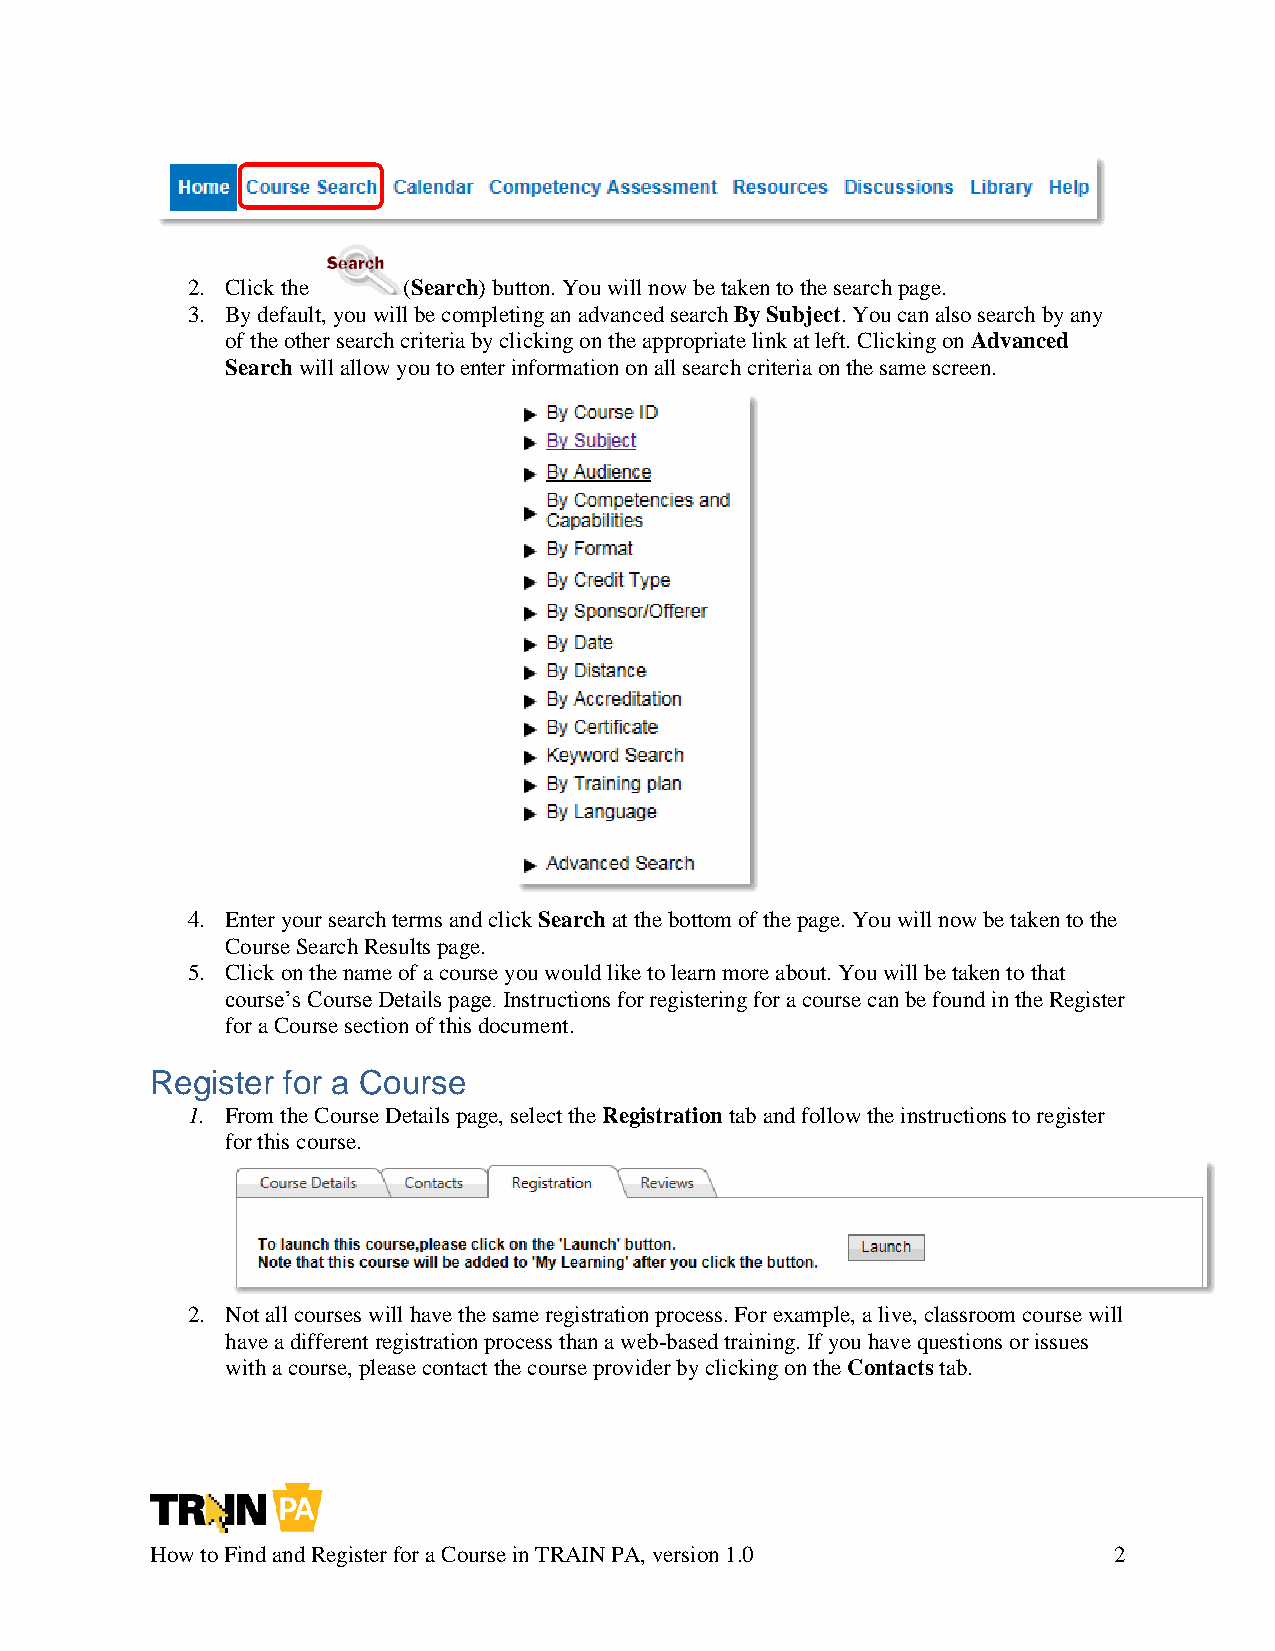
2. Click the   (Search) button. You will now be taken to the search page.
 3. By default, you will be completing an advanced search By Subject. You can also search by any
 of the other search criteria by clicking on the appropriate link at left. Clicking on Advanced
 Search will allow you to enter information on all search criteria on the same screen.
 4. Enter your search terms and click Search at the bottom of the page. You will now be taken to the
 Course Search Results page.
 5. Click on the name of a course you would like to learn more about. You will be taken to that
 course’s Course Details page. Instructions for registering for a course can be found in the Register
 for a Course section of this document.
 Register for a Course
 1. From the Course Details page, select the Registration tab and follow the instructions to register
 for this course.
 2. Not all courses will have the same registration process. For example, a live, classroom course will
 have a different registration process than a web-based training. If you have questions or issues
 with a course, please contact the course provider by clicking on the Contacts tab.
 How to Find and Register for a Course in TRAIN PA, version 1.0  2